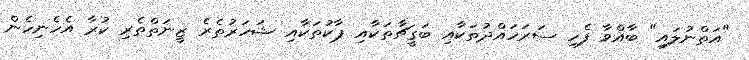
"އަތްނުލައި" ބާއްވާ ފެހި ސަރަހައްދުތަކާއި ބަގީޗާތަކާއި ޕާކުތަކާއި ޝަހަރުތެރެ ޒީނަތްތެރި ކުރާ އެހެނިހެން